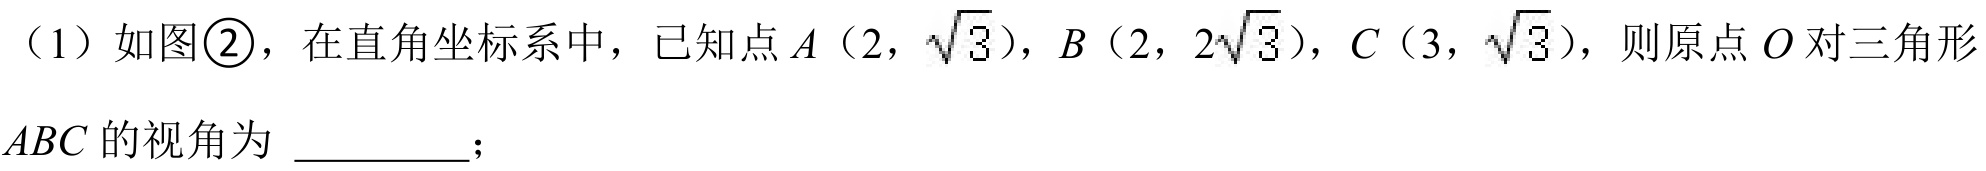
（1）如图\textcircled{2}，在直角坐标系中，已知点\(A(2,\sqrt{3})\)，\(B(2,2\sqrt{3})\)，\(C(3,\sqrt{3})\)，则原点\(O\)对三角形\(ABC\)的视角为 \_\_\_\_\_；